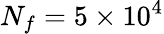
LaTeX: N_{f}=5\times 10^{4}